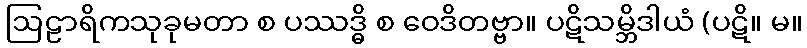
ဩဠာရိကသုခုမတာ စ ပဿဒ္ဓိ စ ဝေဒိတဗ္ဗာ။ ပဋိသမ္ဘိဒါယံ (ပဋိ။ မ။